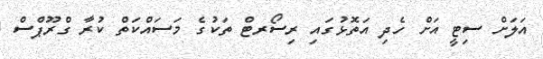
އަލަށް ސިޓީ އަށް ހެދި އަތޮޅުގައި ރިސޯރޓް ތަކުގެ މަސައްކަތް ކުރާ ގްރޫޕްސް